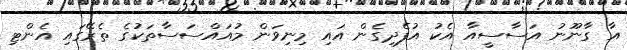
އާ ގާނޫނު އަސާސީއާ އެކު އުފެދިގެން އައި މިނިވަން މުއައްސަސާތަކުގެ ތެރޭގައި އެންޓި